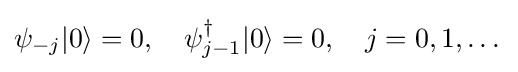
\psi _{-j}|0\rangle =0,\quad \psi _{j-1}^{\dagger }|0\rangle =0,\quad j=0,1,\dots